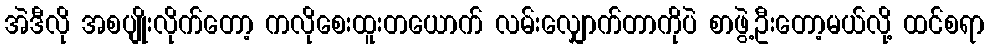
အဲဒီလို အစပျိုးလိုက်တော့ ကလိုစေးထူးတယောက် လမ်းလျှောက်တာကိုပဲ စာဖွဲ့ဦးတော့မယ်လို့ ထင်စရာ